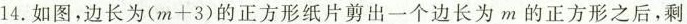
14.如图，边长为(m+3)的正方形纸片剪出一个边长为m的正方形之后，剩